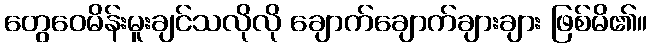
တွေဝေမိန်းမူးချင်သလိုလို ချောက်ချောက်ချားချား ဖြစ်မိ၏။